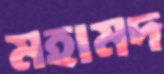
মহামদ